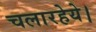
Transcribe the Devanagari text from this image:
चलारहेये।